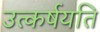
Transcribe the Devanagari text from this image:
उत्कर्षयति